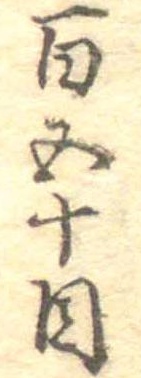
百五十目